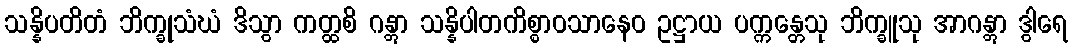
သန္နိပတိတံ ဘိက္ခုသံဃံ ဒိသွာ ကတ္ထစိ ဂန္တွာ သန္နိပါတကိစ္စာဝသာနေဝ ဥဋ္ဌာယ ပက္ကန္တေသု ဘိက္ခူသု အာဂန္တွာ ဒွါရေ